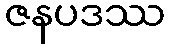
ဇနပဒဿ